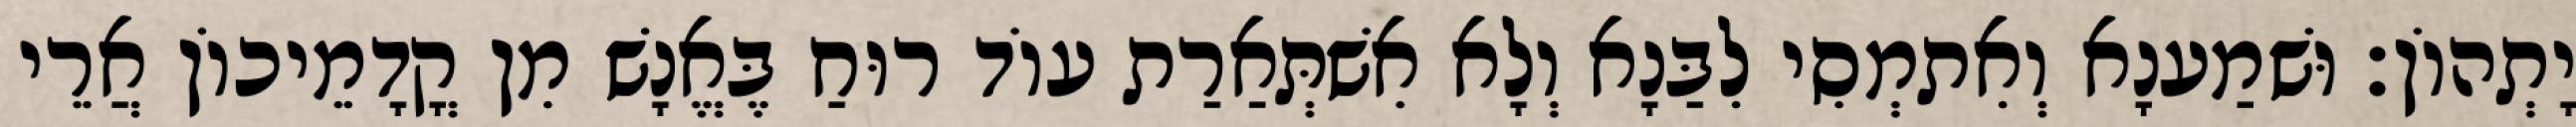
יָתְהוֹן׃ וּשׁמַענָא וְאִתמְסִי לִבַּנָא וְלָא אִשׁתְּאַרַת עוֹד רוּחַ בֶּאֱנָשׁ מִן קֳדָמֵיכוֹן אֲרֵי